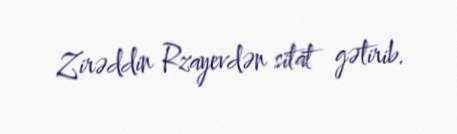
Zirəddin Rzayevdən sitat gətirib.